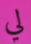
لي